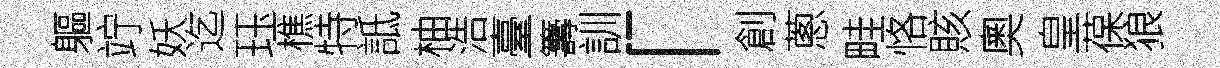
軀竚妖迄珏樵特詆柚浩臺籌訓「創蔥畦恪賅奧皇葆狼